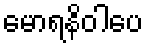
မောရနိဝါပေ